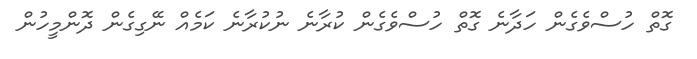
ގޮތް ހުސްވެގެން ހަދާނެ ގޮތް ހުސްވެގެން ކުރާނެ ނުކުރާނެ ކަމެއް ނޭގިގެން ދޮންމީހުން